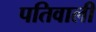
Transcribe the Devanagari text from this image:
पतिवाली